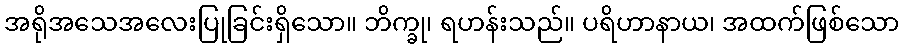
အရိုအသေအလေးပြုခြင်းရှိသော။ ဘိက္ခု၊ ရဟန်းသည်။ ပရိဟာနာယ၊ အထက်ဖြစ်သော